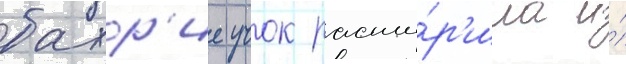
бахр'ие учок расши́р'ила и́